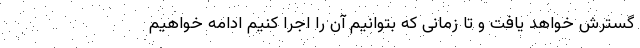
گسترش خواهد یافت و تا زمانی که بتوانیم آن را اجرا کنیم ادامه خواهیم